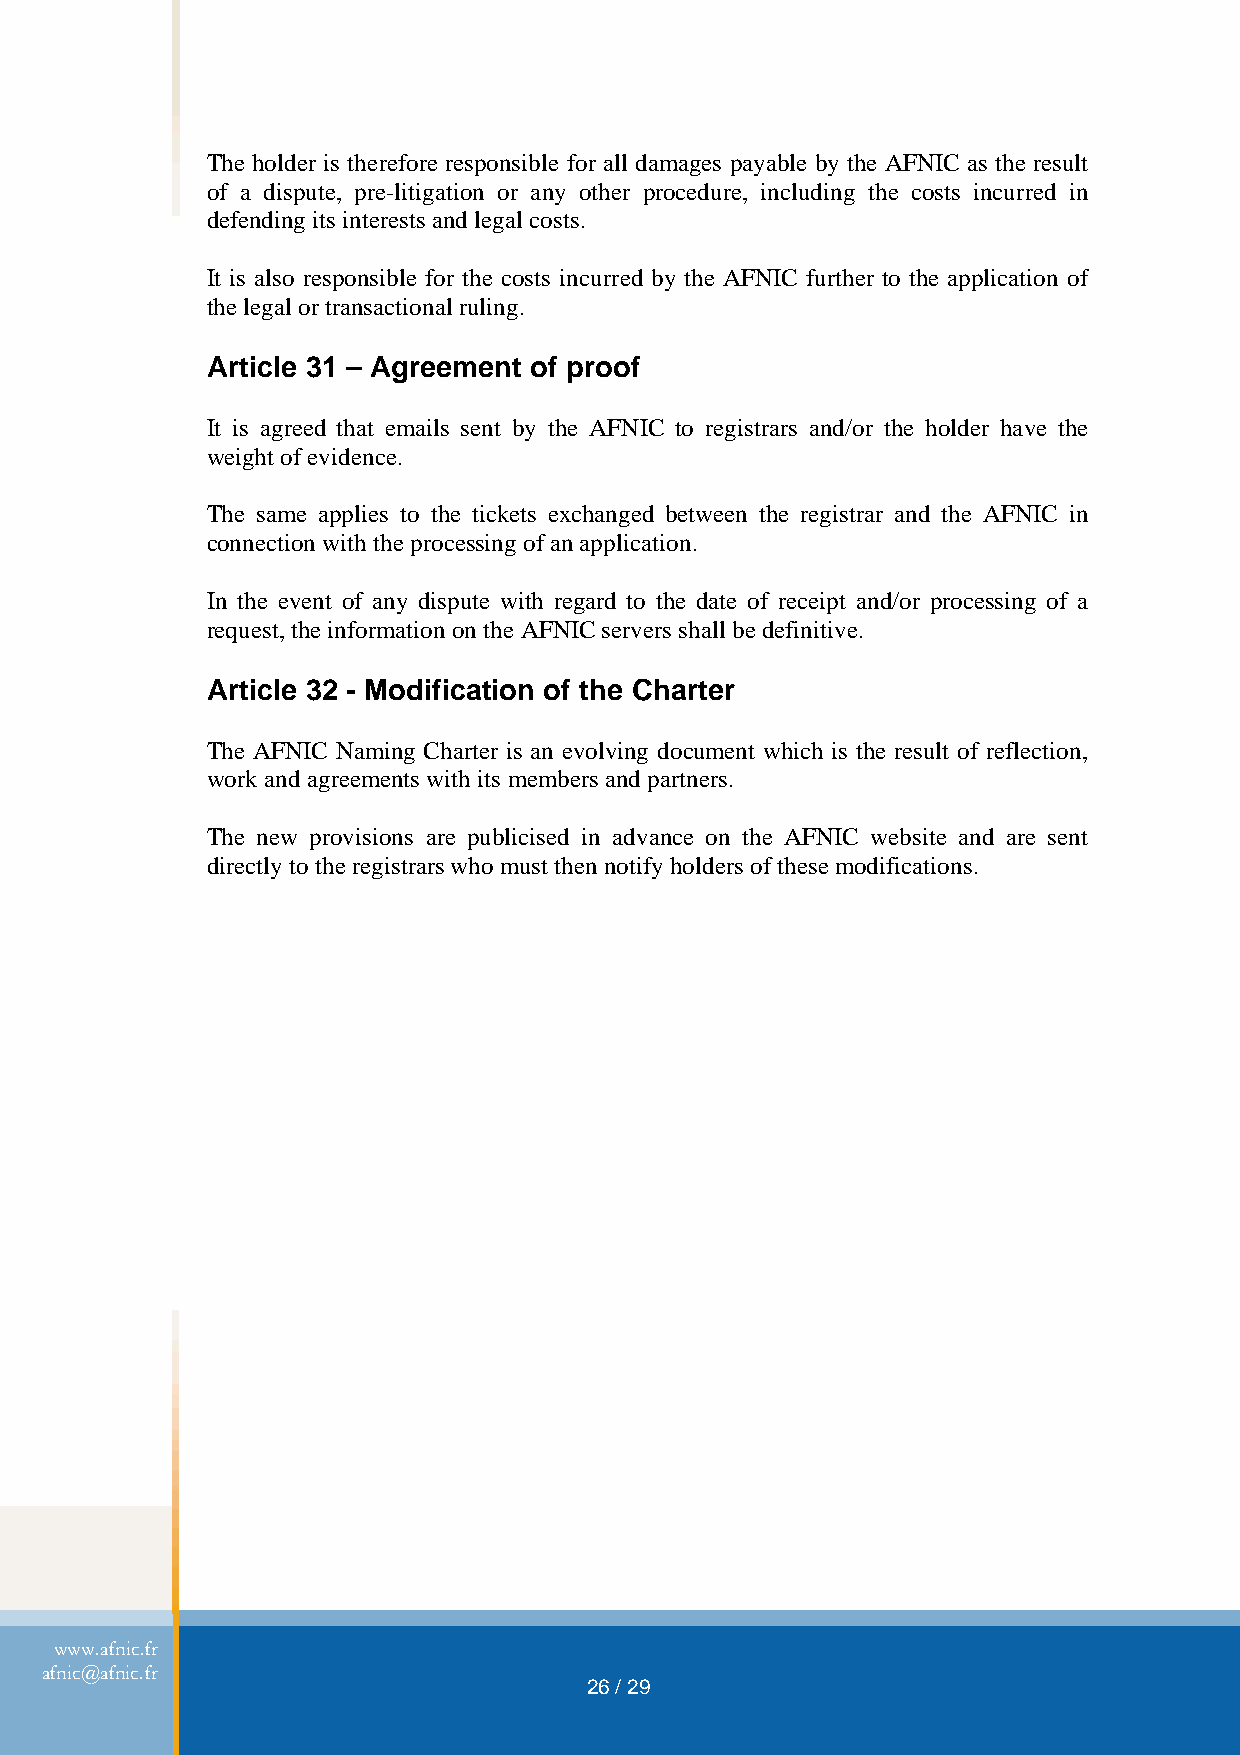
The holder is therefore responsible for all damages payable by the AFNIC as the result
 of a dispute, pre-litigation or any other procedure, including the costs incurred in
 defending its interests and legal costs.
 It is also responsible for the costs incurred by the AFNIC further to the application of
 the legal or transactional ruling.
 Article 31 – Agreement of proof
 It is agreed that emails sent by the AFNIC to registrars and/or the holder have the
 weight of evidence.
 The same applies to the tickets exchanged between the registrar and the AFNIC in
 connection with the processing of an application.
 In the event of any dispute with regard to the date of receipt and/or processing of a
 request, the information on the AFNIC servers shall be definitive.
 Article 32 - Modification of the Charter
 The AFNIC Naming Charter is an evolving document which is the result of reflection,
 work and agreements with its members and partners.
 The new provisions are publicised in advance on the AFNIC website and are sent
 directly to the registrars who must then notify holders of these modifications.
 www.afnic.fr
 afnic@afnic.fr
 26 / 29